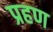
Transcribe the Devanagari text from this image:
प्रहण